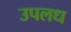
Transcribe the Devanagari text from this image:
उपलध